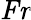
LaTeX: \mathit{Fr}